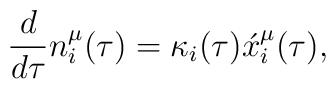
\frac{d}{d \tau}n^{\mu}_i(\tau)=\kappa_i(\tau)\acute x^{\mu}_i(\tau),